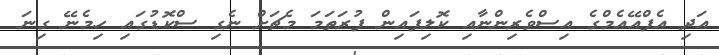
އަދި އެފްއޭއެމްގެ އިސްވެރިންނާއި ކޮލިފައިން ފުރަތަމަ މެޗަށް ނެގި ސްކޮޑުގައި ހިމެނޭ ގިނަ